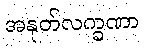
အနုတ်လက္ခဏာ